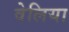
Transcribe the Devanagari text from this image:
वेलिया